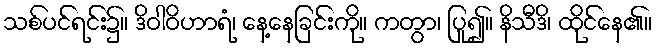
သစ်ပင်ရင်း၌။ ဒိဝါဝိဟာရံ၊ နေ့နေခြင်းကို။ ကတွာ၊ ပြု၍။ နိသီဒိ၊ ထိုင်နေ၏။